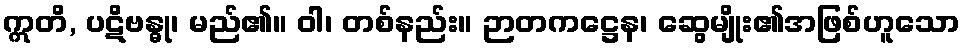
ဣတိ, ပဋိဗန္ဓု၊ မည်၏။ ဝါ၊ တစ်နည်း။ ဉာတကဋ္ဌေန၊ ဆွေမျိုး၏အဖြစ်ဟူသော